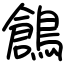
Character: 鶬